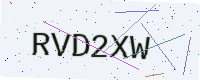
Text: RVD2XW